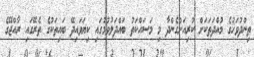
ތިންދުވަހުގެ މުއްދަތަކަށް ކުރިއަށްގެންދާ މި މަސައްކަތު ބައްދަލުވުމުގައި ކިޔަވައިދޭ ބައިތަކުގެ ތެރޭގައި ރާއްޖޭގެ